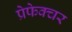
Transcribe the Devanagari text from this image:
प्रेफेक्चर